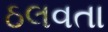
ઠલવતા